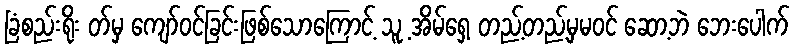
ခြံစည်းရိုး တ်မှ ကျော်ဝင်ခြင်းဖြစ်သောကြောင့် သူ့ အိမ်ရှေ့ တည့်တည့်မှမဝင် ဆော့ဘဲ ဘေးပေါက်